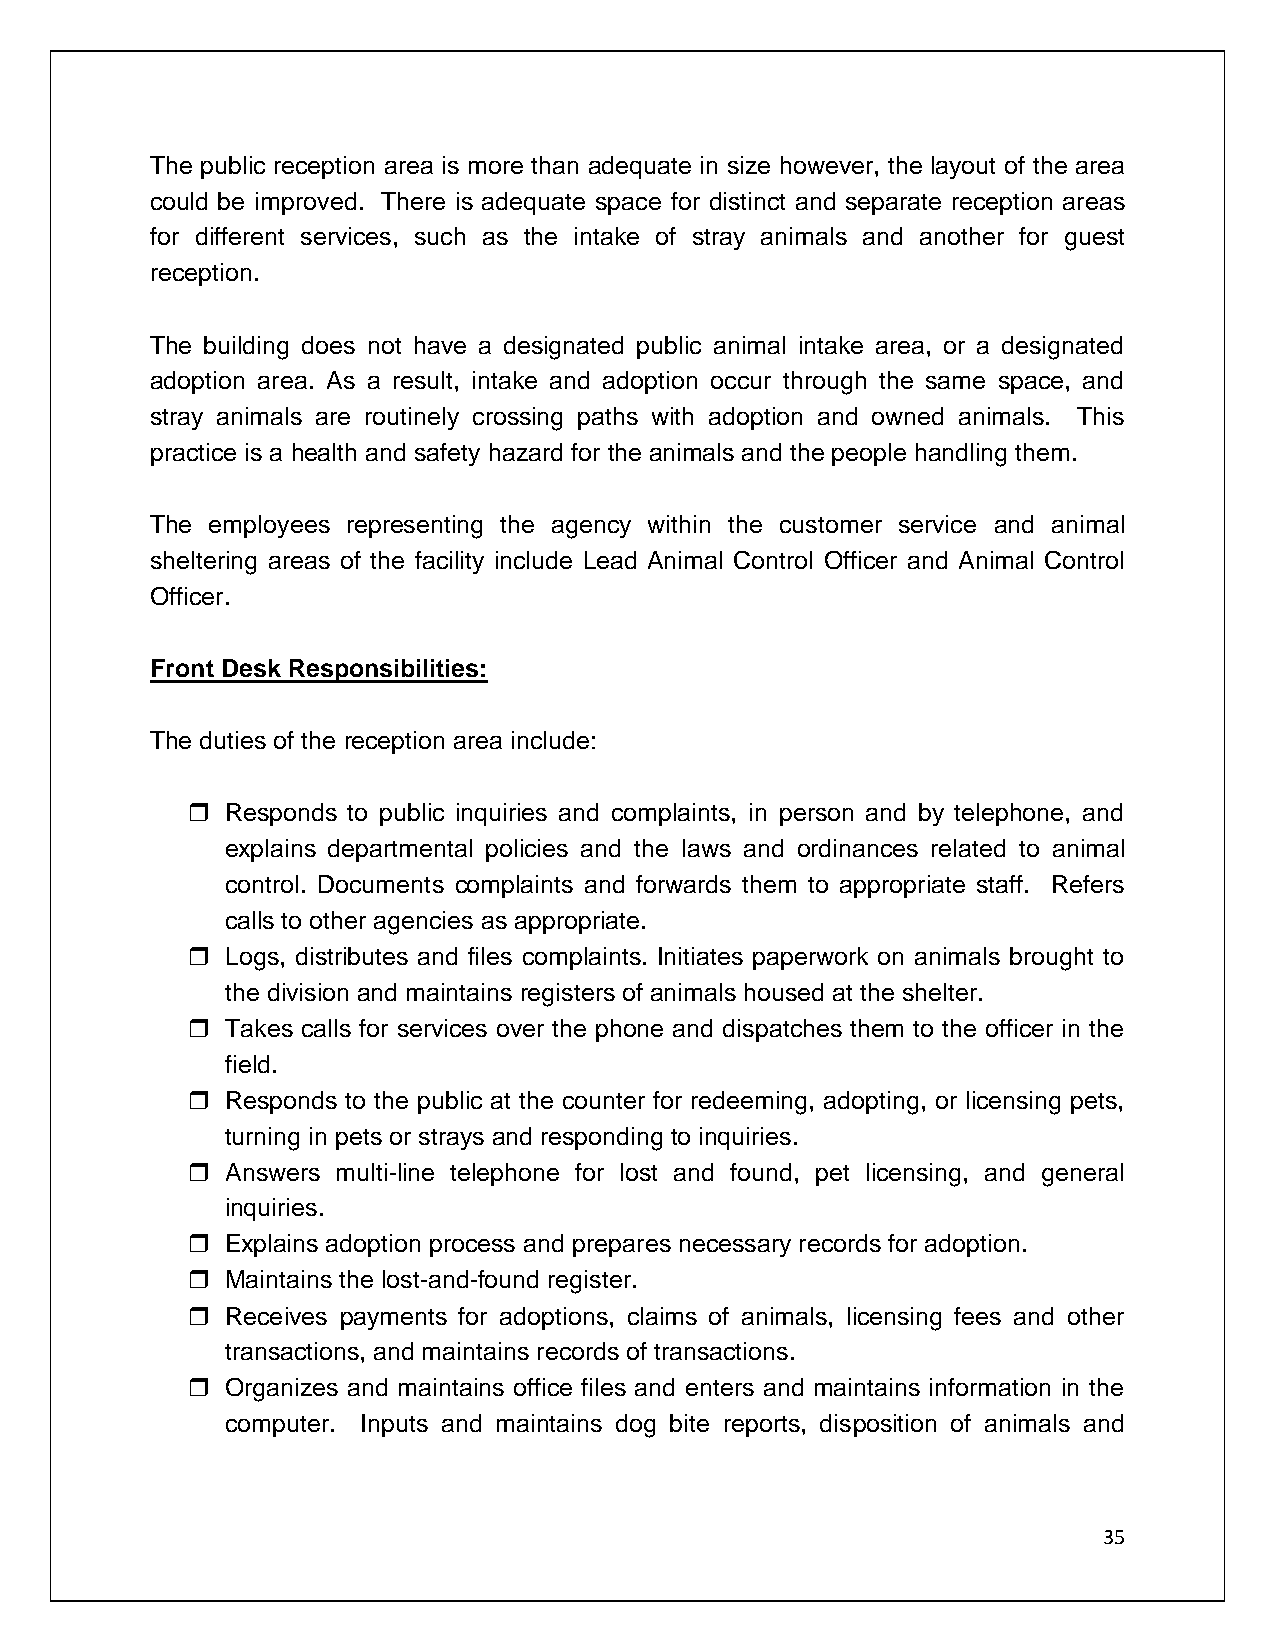
The public reception area is more than adequate in size however, the layout of the area
 could be improved. There is adequate space for distinct and separate reception areas
 for different services, such as the intake of stray animals and another for guest
 reception.
 The building does not have a designated public animal intake area, or a designated
 adoption area. As a result, intake and adoption occur through the same space, and
 stray animals are routinely crossing paths with adoption and owned animals. This
 practice is a health and safety hazard for the animals and the people handling them.
 The employees representing the agency within the customer service and animal
 sheltering areas of the facility include Lead Animal Control Officer and Animal Control
 Officer.
 Front Desk Responsibilities:
 The duties of the reception area include:
   Responds to public inquiries and complaints, in person and by telephone, and
 explains departmental policies and the laws and ordinances related to animal
 control. Documents complaints and forwards them to appropriate staff. Refers
 calls to other agencies as appropriate.
   Logs, distributes and files complaints. Initiates paperwork on animals brought to
 the division and maintains registers of animals housed at the shelter.
   Takes calls for services over the phone and dispatches them to the officer in the
 field.
   Responds to the public at the counter for redeeming, adopting, or licensing pets,
 turning in pets or strays and responding to inquiries.
   Answers multi-line telephone for lost and found, pet licensing, and general
 inquiries.
   Explains adoption process and prepares necessary records for adoption.
   Maintains the lost-and-found register.
   Receives payments for adoptions, claims of animals, licensing fees and other
 transactions, and maintains records of transactions.
   Organizes and maintains office files and enters and maintains information in the
 computer. Inputs and maintains dog bite reports, disposition of animals and
 35